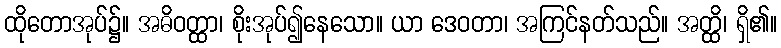
ထိုတောအုပ်၌။ အဓိဝတ္ထာ၊ စိုးအုပ်၍နေသော။ ယာ ဒေဝတာ၊ အကြင်နတ်သည်။ အတ္ထိ၊ ရှိ၏။